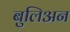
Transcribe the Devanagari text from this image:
बुलिअन